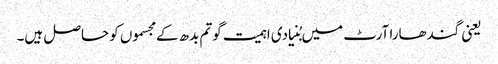
یعنی گندھارا آرٹ میں بُنیادی اہمیت گوتم بدھ کے مجسموں کو حاصل ہیں۔